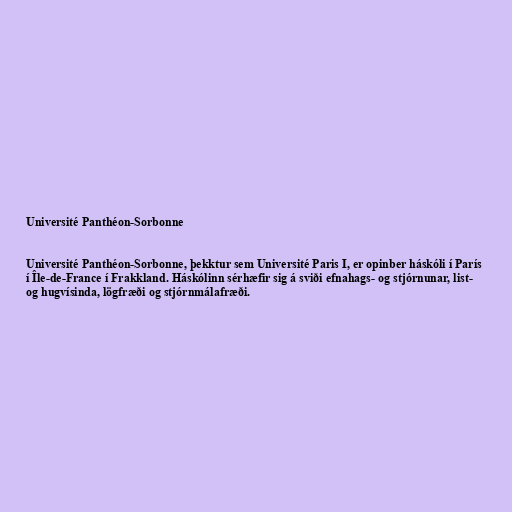
Université Panthéon-Sorbonne

Université Panthéon-Sorbonne, þekktur sem Université Paris I, er opinber háskóli í París
í Île-de-France í Frakkland. Háskólinn sérhæfir sig á sviði efnahags- og stjórnunar, list-
og hugvísinda, lögfræði og stjórnmálafræði.